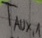
Text: TAUX,1